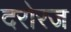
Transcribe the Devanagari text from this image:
दरोरज